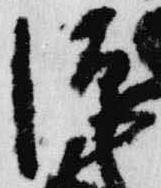
源